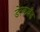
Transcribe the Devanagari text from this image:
डेस्कबँड